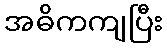
အဓိကကျပြီး